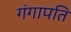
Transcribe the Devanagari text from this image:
गंगापति